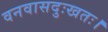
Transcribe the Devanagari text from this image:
वनवासदुःखतः।